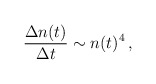
\begin{align*}\frac{\Delta n(t)}{\Delta t}\sim n(t)^4 \,,\end{align*}